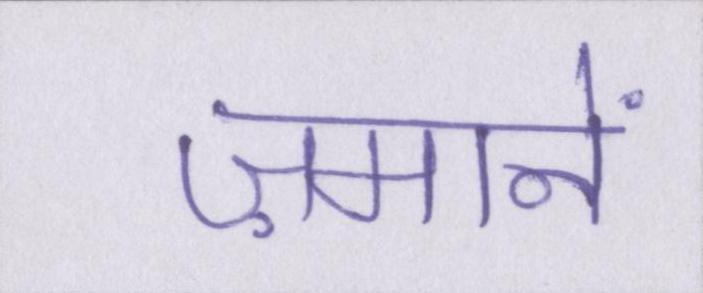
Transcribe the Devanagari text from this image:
ज़मानें